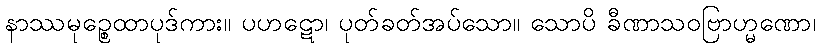
နာဿမုဉ္စေထာပုဒ်ကား။ ပဟဋော၊ ပုတ်ခတ်အပ်သော။ သောပိ ခီဏာသဝဗြာဟ္မဏော၊